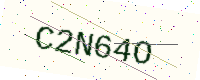
Text: C2N64O